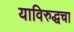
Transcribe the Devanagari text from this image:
याविरुद्धचा